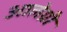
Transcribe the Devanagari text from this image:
आलेग्री